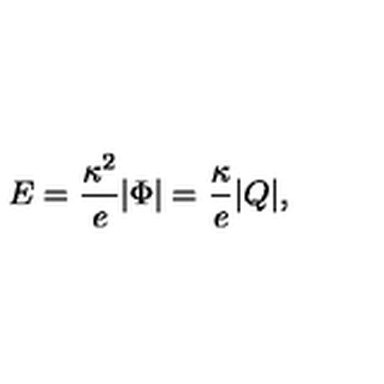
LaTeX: E = { \frac { \kappa ^ { 2 } } { e } } | \Phi | = { \frac { \kappa } { e } } | Q | ,